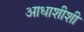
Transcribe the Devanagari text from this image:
आधाशीशी